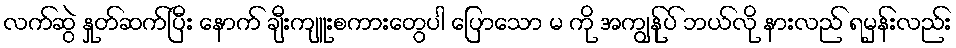
လက်ဆွဲ နှုတ်ဆက်ပြီး နောက် ချီးကျူးစကားတွေပါ ပြောသော မ ကို အကျွန်ုပ် ဘယ်လို နားလည် ရမှန်းလည်း